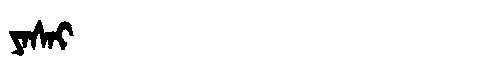
Manchu: ᠶᠠᠰᠠᡳ
Romanization: YASAI